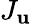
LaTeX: J_{\mathbf{u}}